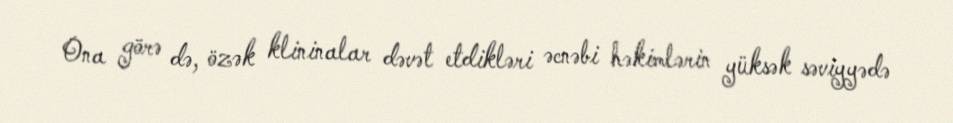
Ona görə də, özək klininalar dəvət etdikləri əcnəbi həkimlərin yüksək səviyyədə